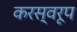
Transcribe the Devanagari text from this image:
करस्वरूप